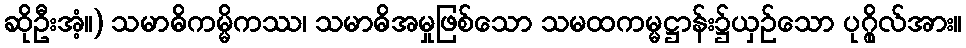
ဆိုဦးအံ့။) သမာဓိကမ္မိကဿ၊ သမာဓိအမှုဖြစ်သော သမထကမ္မဋ္ဌာန်း၌ယှဉ်သော ပုဂ္ဂိုလ်အား။